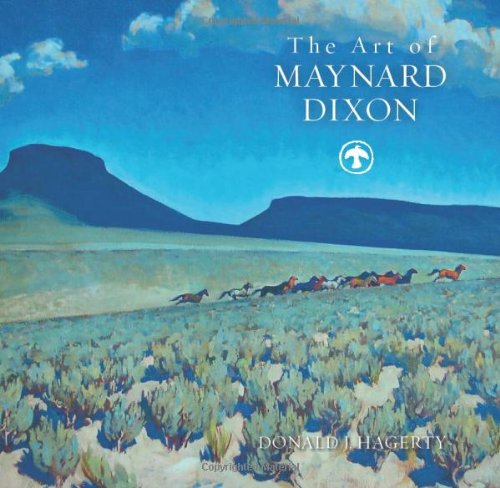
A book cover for The Art of Maynard Dixon; Donald J. Hagerty; Arts & Photography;